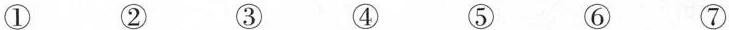
① ② ③ ④ ⑤ ⑥ ⑦